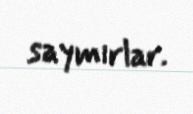
saymırlar.